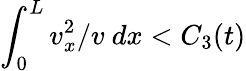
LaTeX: \int_{0}^{L}v_{x}^{2}/v~dx<C_{3}(t)